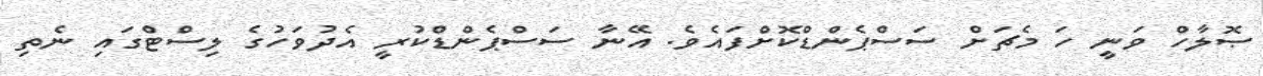
ޞޮލާހް ވަނީ ހަ މެޗަށް ސަސްޕެންޑްކޮށްފައެވެ. އޭނާ ސަސްޕެންޑްކުރީ އެދުވަހުގެ ލިސްޓްގައި ނެތި